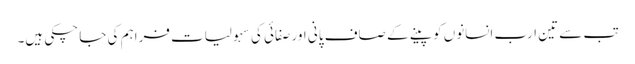
تب سے تین ارب انسانوں کو پینے کے صاف پانی اور صفائی کی سہولیات فراہم کی جا چکی ہیں۔